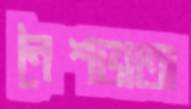
নৈশভাতা